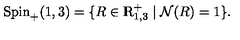
\mathrm { S p i n } _ { + } ( 1 , 3 ) = \{ R \in \mathrm { { \sl I \! \! R } } _ { 1 , 3 } ^ { + } \mid { \cal N } ( R ) = 1 \} .